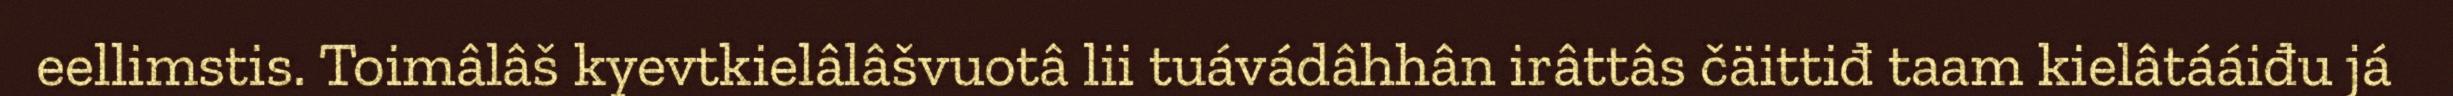
eellimstis. Toimâlâš kyevtkielâlâšvuotâ lii tuávádâhhân irâttâs čäittiđ taam kielâtááiđu já